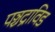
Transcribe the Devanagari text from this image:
पञ्चद्राविड